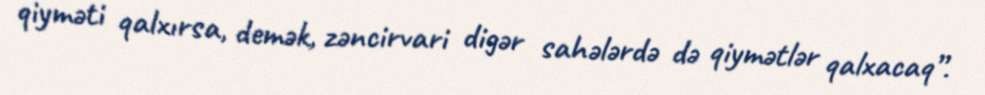
qiyməti qalxırsa, demək, zəncirvari digər sahələrdə də qiymətlər qalxacaq”.